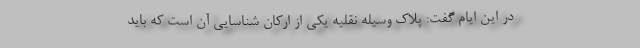
در این ایام گفت: پلاک وسیله نقلیه یکی از ارکان شناسایی آن است که باید